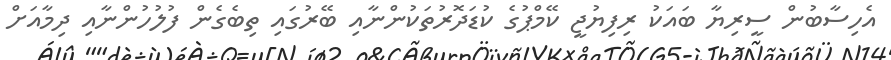
އެހިސާބުން ސީރިޔާ ބައަކު ރިފިޔުޖީ ކޭމްޕުގެ ކުޑަދޮރުތަކުންނާއި ބޭރުގައި ތިބެގެން ފުލުހުންނާއި ދިމާއަށް